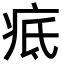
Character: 疷